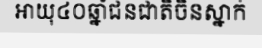
អាយុ៤០ឆ្នាំជនជាតិចិនស្នាក់